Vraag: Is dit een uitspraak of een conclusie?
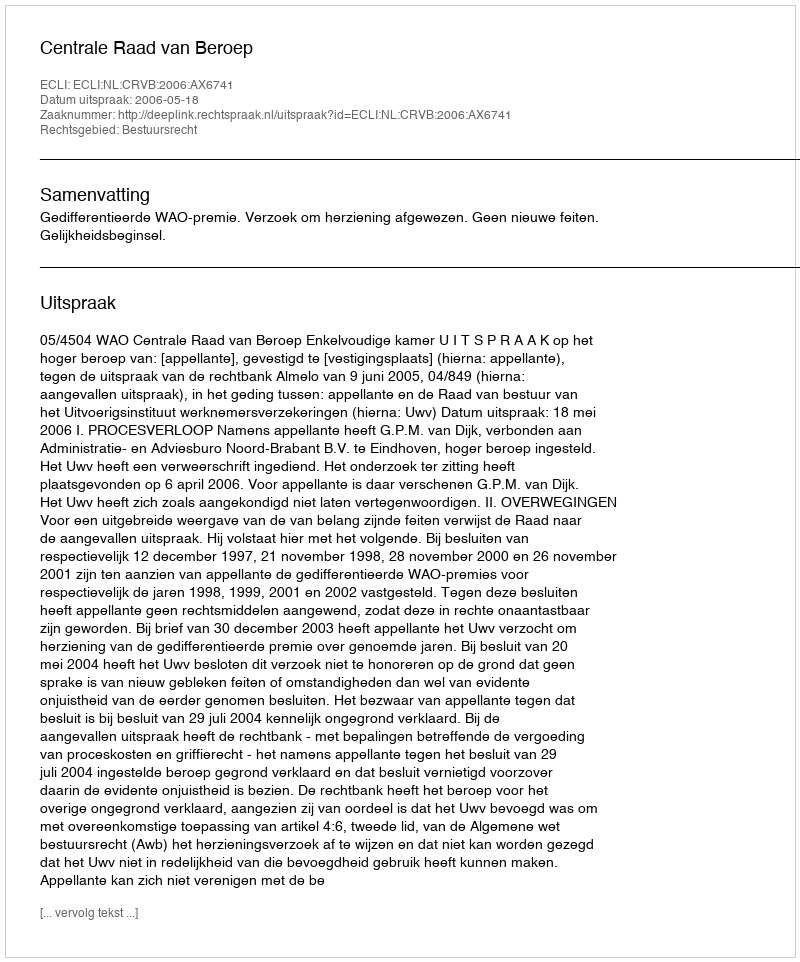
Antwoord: Uitspraak